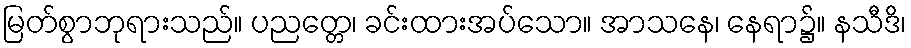
မြတ်စွာဘုရားသည်။ ပညတ္တေ၊ ခင်းထားအပ်သော။ အာသနေ၊ နေရာ၌။ နသီဒိ၊